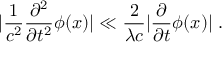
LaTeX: | \frac { 1 } { c ^ { 2 } } \frac { \partial ^ { 2 } } { \partial t ^ { 2 } } \phi ( x ) | \ll \frac { 2 } { \lambda c } | \frac { \partial } { \partial t } \phi ( x ) | \; .